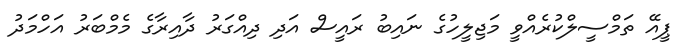
ޕީއޭ ތަމްސީލްކުރެއްވީ މަޖިލީހުގެ ނައިބު ރައީސް އަދި ދިއްގަރު ދާއިރާގެ މެމްބަރު އަހްމަދު